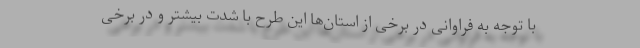
با توجه به فراوانی در برخی از استان‌ها این طرح با شدت بیشتر و در برخی